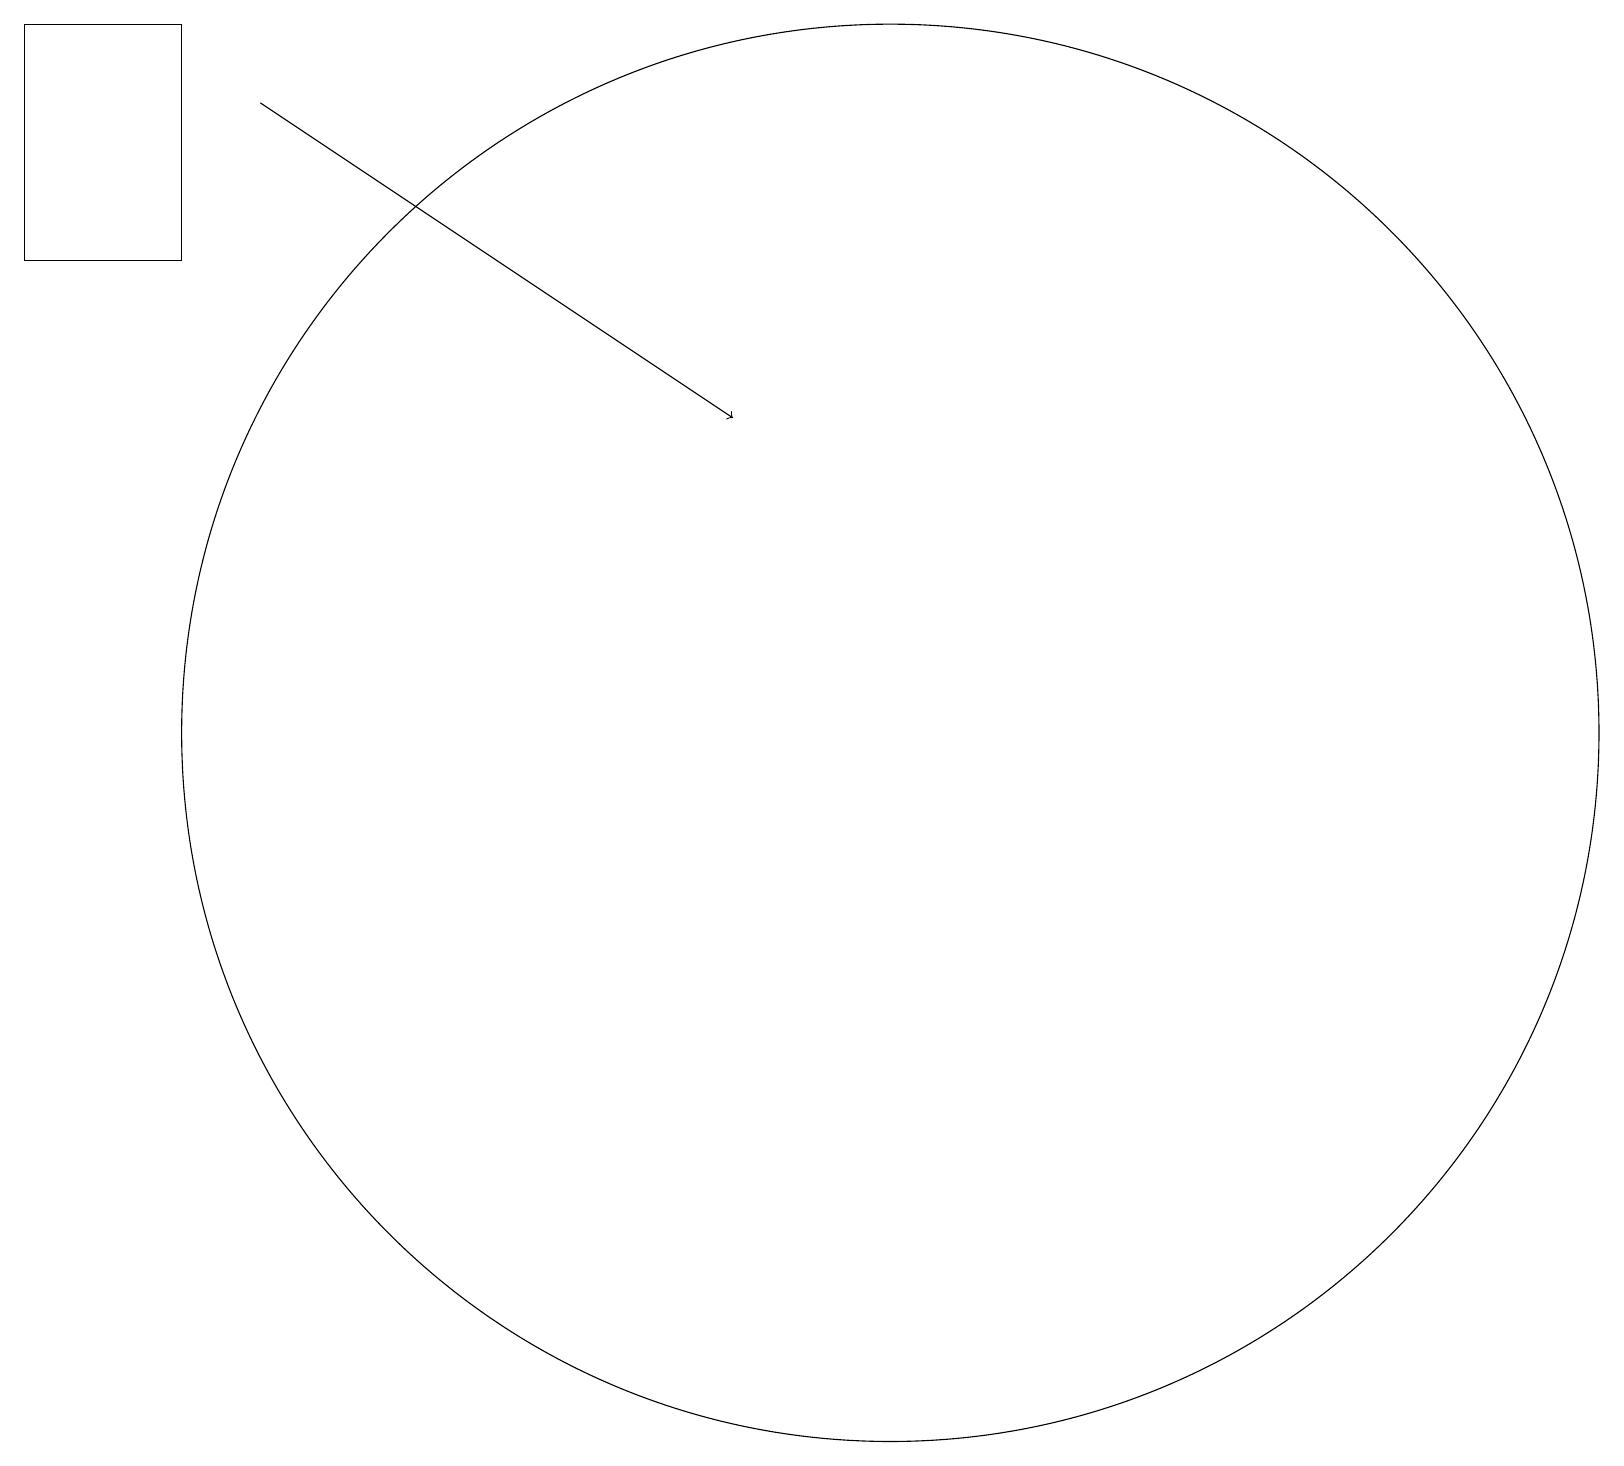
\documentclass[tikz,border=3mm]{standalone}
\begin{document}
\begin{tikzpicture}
\draw[->] (3,18) -- (9,14);
\draw (11,10) circle (9);
\draw (2,19) rectangle (0,16);
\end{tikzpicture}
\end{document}